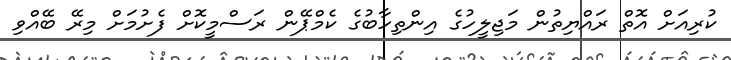
ކުރިއަށް އޮތް ރައްޔިތުން މަޖިލީހުގެ އިންތިހާބުގެ ކެމްޕޭން ރަސްމީކޮށް ފެށުމަށް މިރޭ ބޭއްވި